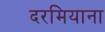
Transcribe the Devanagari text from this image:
दरमियाना